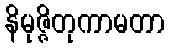
နိမုဇ္ဇိတုကာမတာ